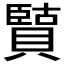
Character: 𫎡